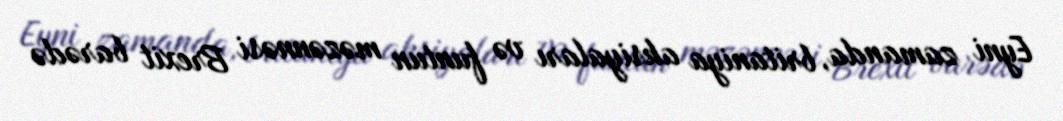
Eyni zamanda, britaniya aksiyaları və funtun məzənnəsi Brexit barədə